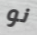
نو